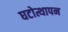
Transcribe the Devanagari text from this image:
घटोत्थापन